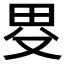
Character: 𤰯